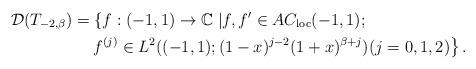
LaTeX: \begin{align*}\mathcal{D}(T_{-2,\beta}) & =\left\{ f:(-1,1)\rightarrow\mathbb{C\mid}f,f^{\prime}\in AC_{\mathrm{loc}}(-1,1);\right. \\& \quad\left. f^{(j)}\in L^{2}((-1,1);(1-x)^{j-2}(1+x)^{\beta+j})\text{}(j=0,1,2)\right\} .\end{align*}